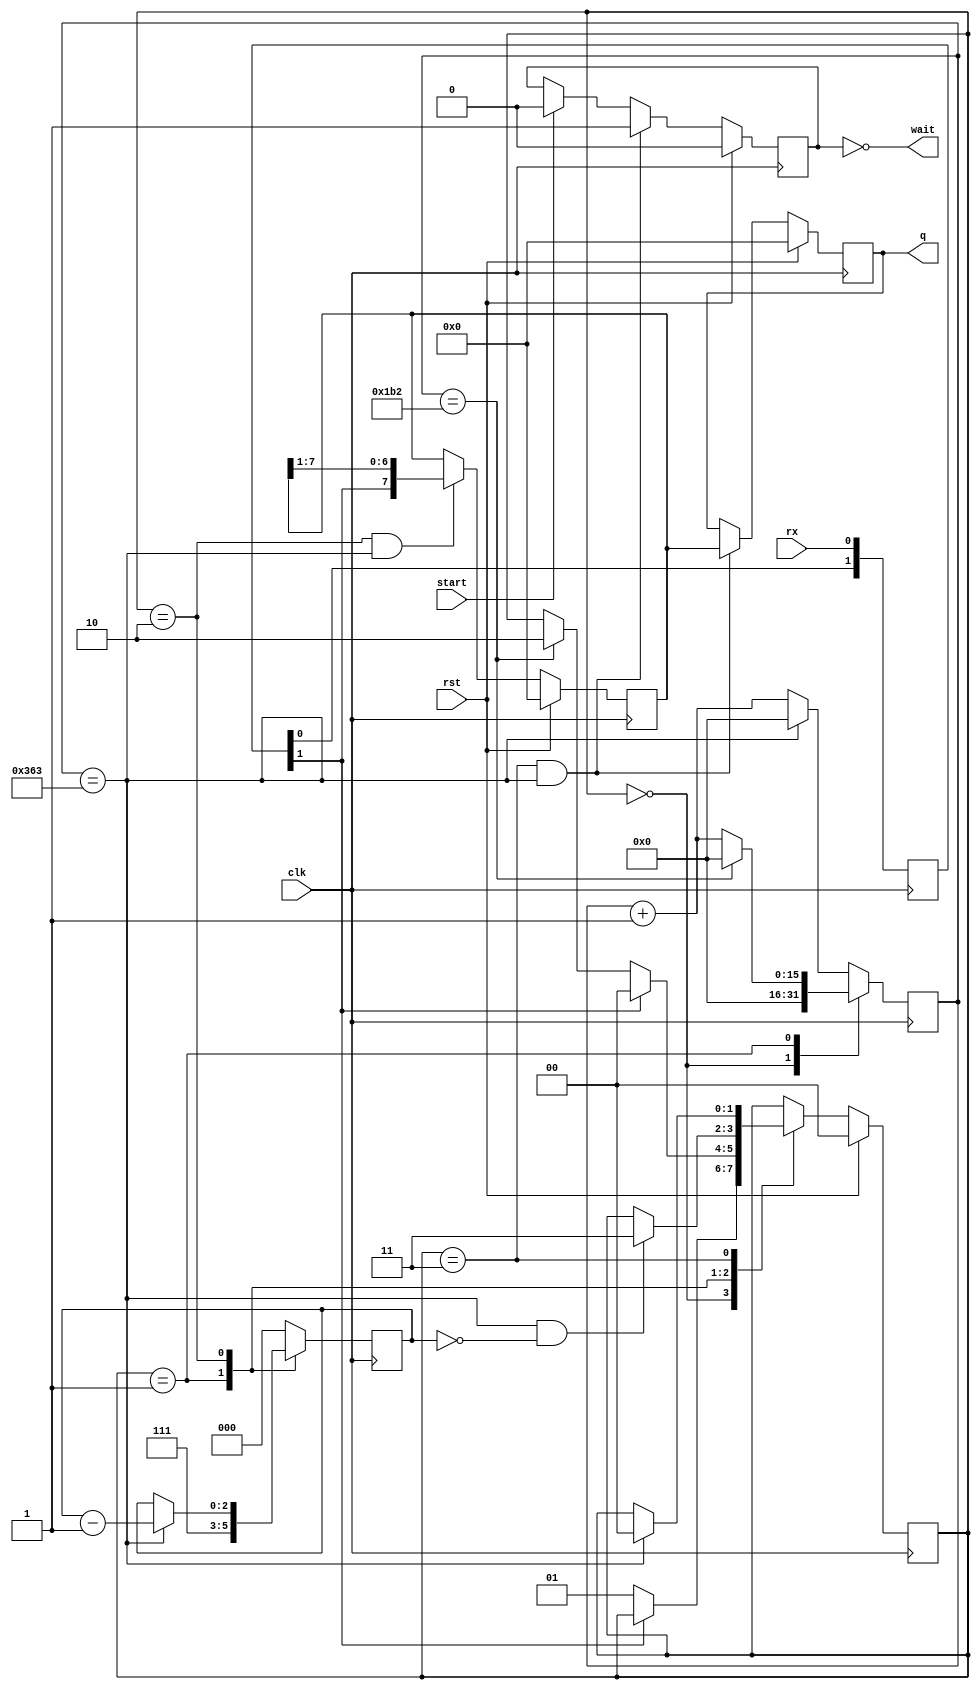
module uartrx #(parameter CLKDIV = (100000000/115200)) (
	input clk,
	input rst,
	input rx,
	input start,
	output reg [7:0] q,
	output wait);

	localparam
		Idle = 0, ReadingStartBit = 1,
		ReadingData = 2, ReadingStopBit = 3;

	reg [7:0] rxbuf;
	reg [1:0] state;
	reg [15:0] bitclock;
	reg [2:0] bitcount;
	reg ready;
	assign wait = ~ready;

	wire fullbittime = bitclock == CLKDIV-1;
	wire halfbittime = bitclock == (CLKDIV/2);
	wire [2:0]maxbit = 3'd7;
	wire lastbit = bitcount == 0;
	
	reg [1:0] rxsync;
	always @(posedge clk)
		rxsync <= {rxsync[0], rx};
	wire rxin = rxsync[1];

	always @(posedge clk)
	if (rst)
		state <= Idle;
	else case (state)
		Idle:
			if (~rxin) state <= ReadingStartBit;
		ReadingStartBit:
			if (rxin) state <= Idle;
			else if (halfbittime) state <= ReadingData;
		ReadingData:
			if (fullbittime & lastbit) state <= ReadingStopBit;
		ReadingStopBit:
			if (fullbittime) state <= Idle;
	endcase

	always @(posedge clk)
	case (state)
		ReadingStartBit:
			bitcount <= maxbit;
		ReadingData:
			if (fullbittime) bitcount <= bitcount - 1'd1;
		default:
			bitcount <= 0;
	endcase

	always @(posedge clk)
	case (state)
		Idle:
			bitclock <= 0;
		ReadingStartBit:
			if (halfbittime) bitclock <= 0;
			else bitclock <= bitclock + 1'd1;
		default:
			if (fullbittime) bitclock <= 0;
			else bitclock <= bitclock + 1'd1;
	endcase

	always @(posedge clk)
	if (rst)
		rxbuf <= 0;
	else if (state == ReadingData && fullbittime)
		rxbuf <= {rxin, rxbuf[7:1]};

	always @(posedge clk)
	if (rst) begin
		q <= 0;
		ready <= 0;
	end else if (state == ReadingStopBit && fullbittime) begin
		q <= rxbuf;
		ready <= 1'b1;
	end else if (start)
		ready <= 0;

endmodule